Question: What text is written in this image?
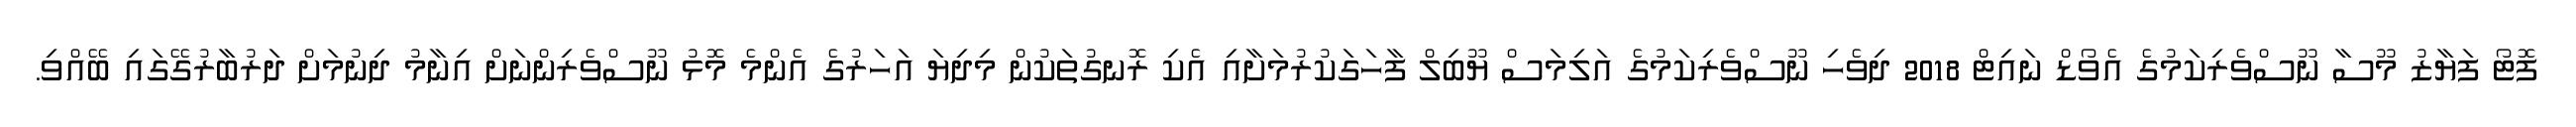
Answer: ފޮޓޯ ފަޔާޒު މޫސާ ނޫސްވެރިކަމުގެ އެވޯޑް ނައިޓް 2018 ދިވެހި ނޫސްވެރިކަމުގެ އަލިމަސް ޔޫބިލް ފާހަގަކުރުމަށާއި އެކި ރޮނގުތަކުން މިދިޔަ އަހަރުގެ އެންމެ މޮޅު ނޫސްވެރިންނަށް އިނާމު ދިނުމަށް ދަރުބާރުގޭގައި ބޭއްވި.